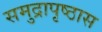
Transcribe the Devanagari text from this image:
समुद्रापृष्ठास